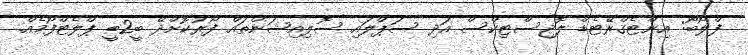
ފްލޯބޯ: އިންޓެގްރޭޓެޑް ލޮޖިސްޓިކްސް އަދި ސަޕްލައި ސޮލިއިޝަންތައް ފޯރުކޮށްދޭ ބީ2ބީ ޕްލެޓްފޯމެއް.